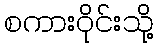
စကားဝိုင်းသို့